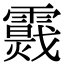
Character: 𩆉